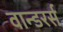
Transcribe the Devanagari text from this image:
वान्डरर्स